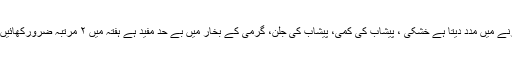
(۴) ٹنڈہ : (۱) ٹنڈہ قبض کشا ہے اور غذا کوجلد ہضم کرنے میں مدد دیتا ہے خشکی ، پیشاب کی کمی، پیشاب کی جلن، گرمی کے بخار میں بے حد مفید ہے ہفتہ میں ۲ مرتبہ ضرورکھائیں ( ۲) نزلہ ، زکام،کھانسی کے دوران استعمال نہ کریں۔